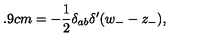
\hspace { 0 . 9 c m } = - \frac 1 2 \delta _ { a b } \delta ^ { \prime } ( w _ { - } - z _ { - } ) ,